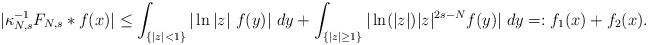
LaTeX: \begin{align*} |\kappa_{N,s}^{-1} F_{N,s}\ast f(x)|\leq \int_{\{|z|< 1\}}|\ln|z|\ f(y)|\ dy + \int_{\{|z|\geq 1\}}|\ln (|z|)|z|^{2s-N}f(y)|\ dy=:f_1(x)+f_2(x).\end{align*}